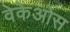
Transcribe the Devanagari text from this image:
वेकेओस